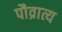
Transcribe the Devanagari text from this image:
पौव्रात्य